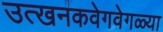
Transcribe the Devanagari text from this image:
उत्खनकवेगवेगळ्या